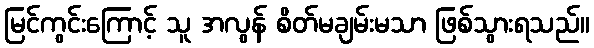
မြင်ကွင်းကြောင့် သူ အလွန် စိတ်မချမ်းမသာ ဖြစ်သွားရသည်။